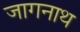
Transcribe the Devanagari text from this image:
जागनाथ